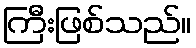
ကြီးဖြစ်သည်။